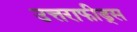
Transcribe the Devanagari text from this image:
उत्तराफीड्स